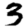
Digit: 3